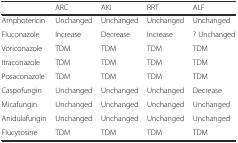
<table><thead><tr><td></td><td><b>ARC</b></td><td><b>AKI</b></td><td><b>RRT</b></td><td><b>ALF</b></td></tr></thead><tbody><tr><td>Amphotericin</td><td>Unchanged</td><td>Unchanged</td><td>Unchanged</td><td>Unchanged</td></tr><tr><td>Fluconazole</td><td>Increase</td><td>Decrease</td><td>Increase</td><td>? Unchanged</td></tr><tr><td>Voriconazole</td><td>TDM</td><td>TDM</td><td>TDM</td><td>TDM</td></tr><tr><td>Itraconazole</td><td>TDM</td><td>TDM</td><td>TDM</td><td>TDM</td></tr><tr><td>Posaconazole</td><td>TDM</td><td>TDM</td><td>TDM</td><td>TDM</td></tr><tr><td>Caspofungin</td><td>Unchanged</td><td>Unchanged</td><td>Unchanged</td><td>Decrease</td></tr><tr><td>Micafungin</td><td>Unchanged</td><td>Unchanged</td><td>Unchanged</td><td>Unchanged</td></tr><tr><td>Anidulafungin</td><td>Unchanged</td><td>Unchanged</td><td>Unchanged</td><td>Unchanged</td></tr><tr><td>Flucytosine</td><td>TDM</td><td>TDM</td><td>TDM</td><td>TDM</td></tr></tbody></table>